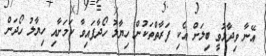
އޭނާ ވިދާޅުވީ ބިލަށް އެކި ފަރާތްތަކުން ހިޔާލު ހޯދާފައިވާ ކަމަށާއި ހިޔާލު ހޯދަން